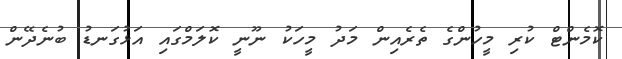
ކޮމެންޓް ކުރި މީހުންގެ ތެރެއިން މަދު މީހަކު ނޫނީ ކޮލަމްގައި އަޅުގަނޑު ބުނެދޭން